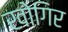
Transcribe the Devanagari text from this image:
खोगिर